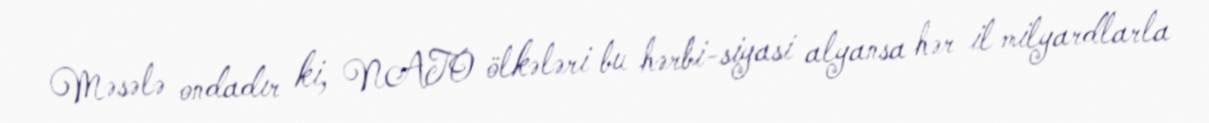
Məsələ ondadır ki, NATO ölkələri bu hərbi-siyasi alyansa hər il milyardlarla